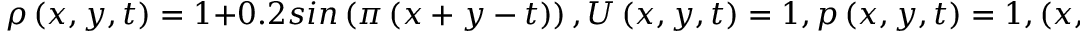
\rho \left( x , y , t \right) = 1 + 0 . 2 s i n \left( \pi \left( x + y - t \right) \right) , U \left( x , y , t \right) = 1 , p \left( x , y , t \right) = 1 , \left( x , y \right) \in \left[ 0 , 2 \right] \times \left[ 0 , 2 \right] .